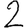
Digit: 2